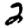
Digit: 2